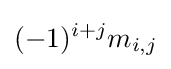
(-1)^{i+j}m_{i,j}